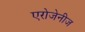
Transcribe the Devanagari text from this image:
एरोजेनीज